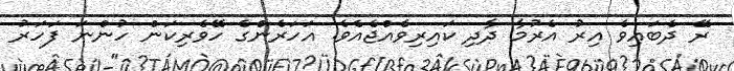
ރޭ ދެބައިވެ އިރު އެރުމާ ދާދި ކައިރިވެއްޖެއެވެ. އަހަރެންގެ ހޭވެރިކަން ހުންނަ ފަހަރު